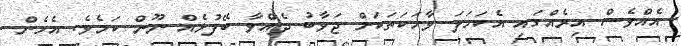
އެއްވެސް އިރެއްގައި އެކަހަލަ ވާހަކަތަކަށް ޖަވާބު ދެއްވާ ބޭފުޅެއް ނޫން ކަމެވެ. އެހެން